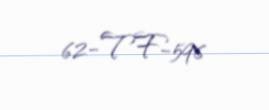
62-TF-596